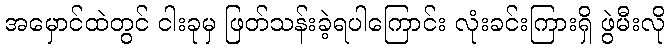
အမှောင်ထဲတွင် ငါးခုမှ ဖြတ်သန်းခဲ့ရပါကြောင်း လုံးခင်းကြားရှိ ဖွဲမီးလို